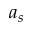
a _ { s }